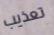
تعذيب